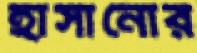
হাসানোর